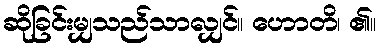
ဆိုခြင်းမျှသည်သာလျှင်။ ဟောတိ၊ ၏။